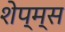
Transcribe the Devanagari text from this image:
शेप्म्स